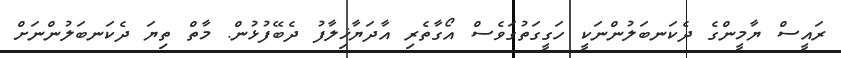
ރައީސް ޔާމީންގެ ދެކަނބަލުންނަކީ ހަގީގަތުގަވެސް އޯގާތެރި އާދަޔާޚިލާފު ދެބޭފުޅުން. މާތް ތިޔަ ދެކަނބަލުންނަށް